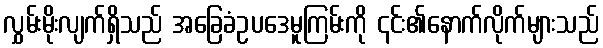
လွှမ်းမိုးလျက်ရှိသည် အခြေခံဥပဒေမူကြမ်းကို ၎င်း၏နောက်လိုက်များသည်